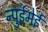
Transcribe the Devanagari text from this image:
न्पुईमेई